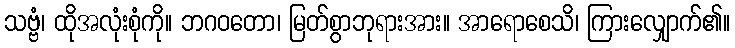
သဗ္ဗံ၊ ထိုအလုံးစုံကို။ ဘဂဝတော၊ မြတ်စွာဘုရားအား။ အာရောစေသိ၊ ကြားလျှောက်၏။